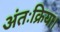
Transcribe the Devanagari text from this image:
अंतःक्रिया।